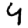
Digit: 4